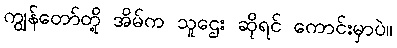
ကျွန်တော်တို့ အိမ်က သူဌေး ဆိုရင် ကောင်းမှာပဲ။